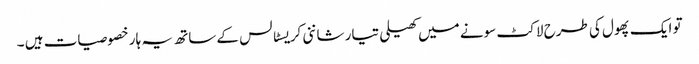
تو ایک پھول کی طرح لاکٹ سونے میں کھیلی تیار شاننی کریسٹالس کے ساتھ یہ ہار خصوصیات ہیں ۔